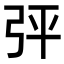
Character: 𢏊